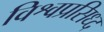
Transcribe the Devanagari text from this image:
विश्वप्रसिध्द